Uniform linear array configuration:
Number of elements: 32
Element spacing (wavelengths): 1
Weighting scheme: hann
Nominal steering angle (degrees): -45
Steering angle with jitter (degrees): -46.239
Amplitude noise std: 0.05
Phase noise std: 0.05

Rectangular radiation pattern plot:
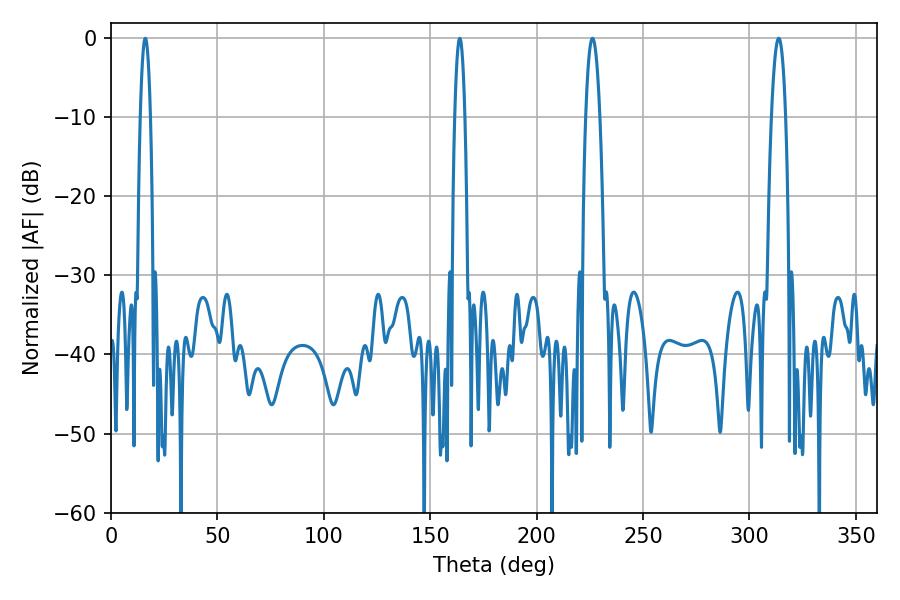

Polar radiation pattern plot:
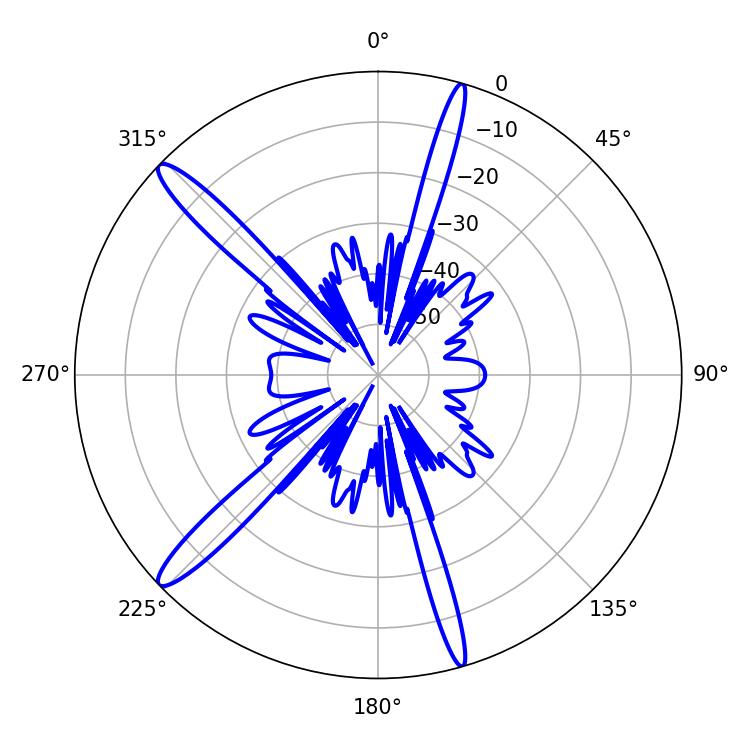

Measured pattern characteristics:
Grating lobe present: TRUE
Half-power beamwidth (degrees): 3.6
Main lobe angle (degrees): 226.26